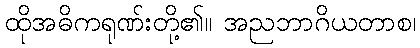
ထိုအဓိကရုဏ်းတို့၏။ အညဘာဂိယတာစ၊